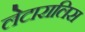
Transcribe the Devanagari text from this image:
लेटारालिस